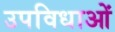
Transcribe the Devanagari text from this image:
उपविधाओं